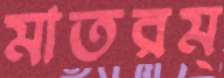
মাতরম্